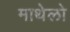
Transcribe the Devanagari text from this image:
माथेलो